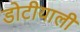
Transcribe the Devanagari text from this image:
डोटीयाली